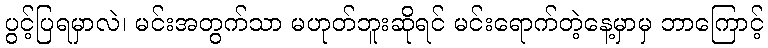
ပွင့်ပြရမှာလဲ၊ မင်းအတွက်သာ မဟုတ်ဘူးဆိုရင် မင်းရောက်တဲ့နေ့မှာမှ ဘာကြောင့်